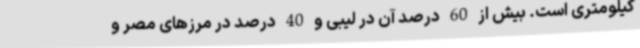
کیلومتری است. بیش از 60 درصد آن در لیبی و 40 درصد در مرزهای مصر و